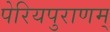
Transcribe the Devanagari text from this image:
पेरियपुराणम्